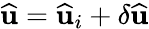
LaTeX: \widehat{\mathbf{u}}=\widehat{\mathbf{u}}_{i}+\delta\widehat{\mathbf{u}}